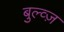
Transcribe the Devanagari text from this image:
बुल्व्ज़